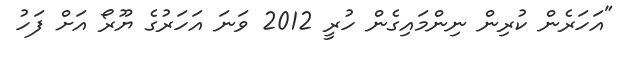
"އަހަރެން ކުރިން ނިންމައިގެން ހުރީ 2012 ވަނަ އަހަރުގެ ޔޫރޯ އަށް ފަހު